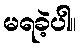
မရခဲ့ပါ။